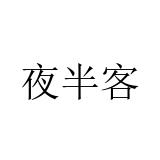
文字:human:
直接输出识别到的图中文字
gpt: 夜半客